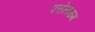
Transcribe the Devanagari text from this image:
पत्तेलारुम